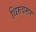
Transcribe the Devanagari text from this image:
थिरुवरूर